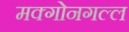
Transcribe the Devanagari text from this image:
मक्गोनगल्ल